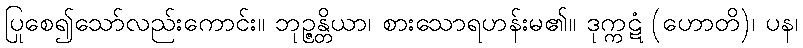
ပြုစေ၍သော်လည်းကောင်း။ ဘုဉ္ဇန္တိယာ၊ စားသောရဟန်းမ၏။ ဒုက္ကဋံ (ဟောတိ)၊ ပန၊